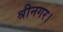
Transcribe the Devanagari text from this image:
श्रीनगर।